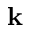
\mathbf { k }